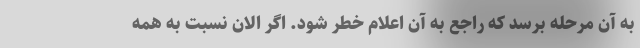
به آن مرحله برسد که راجع به آن اعلام خطر شود. اگر الان نسبت به همه